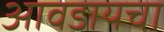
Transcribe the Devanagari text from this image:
आवडायचा